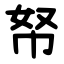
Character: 帑